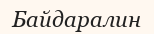
Байдаралин